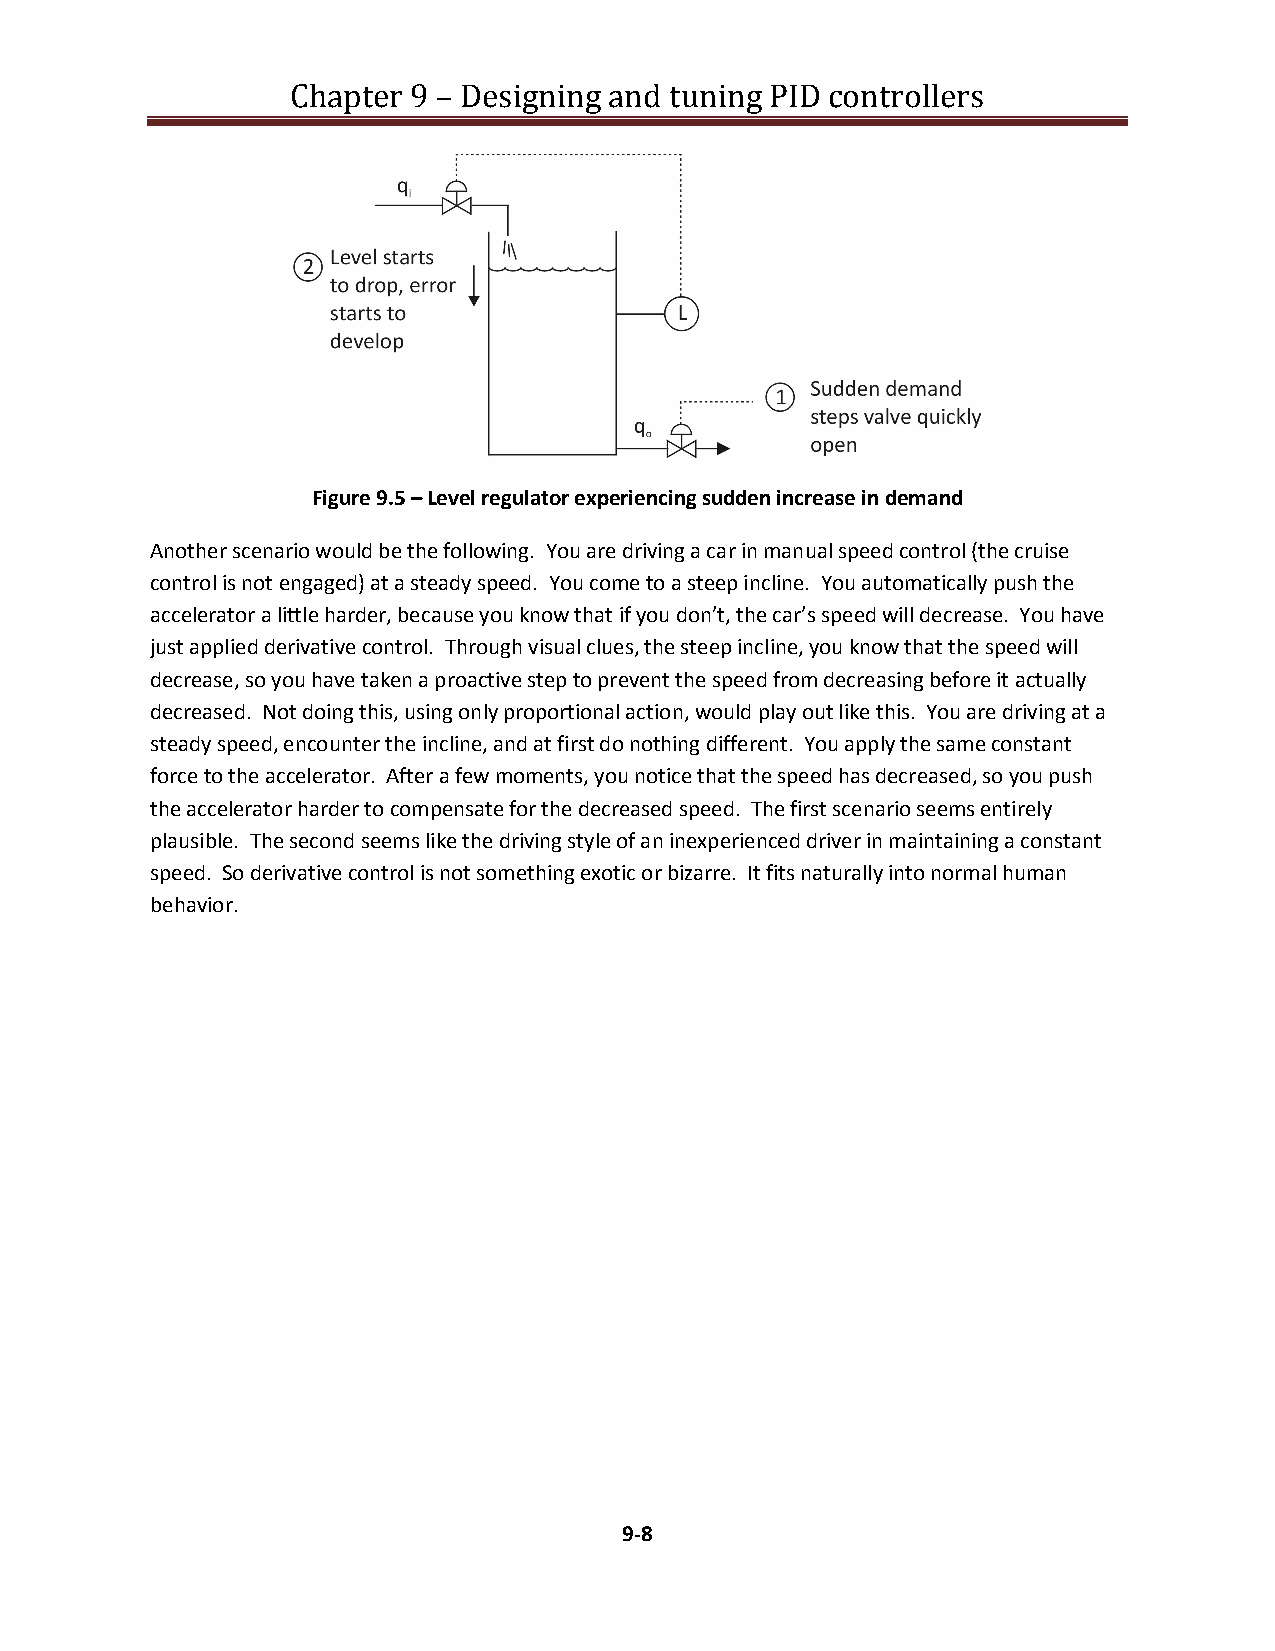
Chapter 9 – Designing and tuning PID controllers
 Figure 9.5 – Level regulator experiencing sudden increase in demand
 Another scenario would be the following. You are driving a car in manual speed control (the cruise
 control is not engaged) at a steady speed. You come to a steep incline. You automatically push the
 accelerator a little harder, because you know that if you don’t, the car’s speed will decrease. You have
 just applied derivative control. Through visual clues, the steep incline, you know that the speed will
 decrease, so you have taken a proactive step to prevent the speed from decreasing before it actually
 decreased. Not doing this, using only proportional action, would play out like this. You are driving at a
 steady speed, encounter the incline, and at first do nothing different. You apply the same constant
 force to the accelerator. After a few moments, you notice that the speed has decreased, so you push
 the accelerator harder to compensate for the decreased speed. The first scenario seems entirely
 plausible. The second seems like the driving style of an inexperienced driver in maintaining a constant
 speed. So derivative control is not something exotic or bizarre. It fits naturally into normal human
 behavior.
 9-8